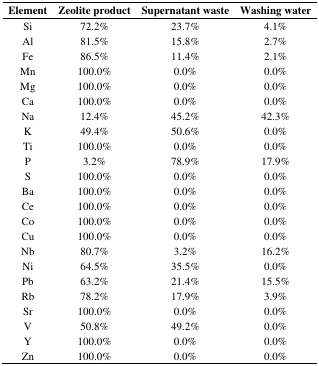
<table><thead><tr><td><b>Element</b></td><td><b>Zeolite product</b></td><td><b>Supernatant waste</b></td><td><b>Washing water</b></td></tr></thead><tbody><tr><td>Si</td><td>72.2%</td><td>23.7%</td><td>4.1%</td></tr><tr><td>Al</td><td>81.5%</td><td>15.8%</td><td>2.7%</td></tr><tr><td>Fe</td><td>86.5%</td><td>11.4%</td><td>2.1%</td></tr><tr><td>Mn</td><td>100.0%</td><td>0.0%</td><td>0.0%</td></tr><tr><td>Mg</td><td>100.0%</td><td>0.0%</td><td>0.0%</td></tr><tr><td>Ca</td><td>100.0%</td><td>0.0%</td><td>0.0%</td></tr><tr><td>Na</td><td>12.4%</td><td>45.2%</td><td>42.3%</td></tr><tr><td>K</td><td>49.4%</td><td>50.6%</td><td>0.0%</td></tr><tr><td>Ti</td><td>100.0%</td><td>0.0%</td><td>0.0%</td></tr><tr><td>P</td><td>3.2%</td><td>78.9%</td><td>17.9%</td></tr><tr><td>S</td><td>100.0%</td><td>0.0%</td><td>0.0%</td></tr><tr><td>Ba</td><td>100.0%</td><td>0.0%</td><td>0.0%</td></tr><tr><td>Ce</td><td>100.0%</td><td>0.0%</td><td>0.0%</td></tr><tr><td>Co</td><td>100.0%</td><td>0.0%</td><td>0.0%</td></tr><tr><td>Cu</td><td>100.0%</td><td>0.0%</td><td>0.0%</td></tr><tr><td>Nb</td><td>80.7%</td><td>3.2%</td><td>16.2%</td></tr><tr><td>Ni</td><td>64.5%</td><td>35.5%</td><td>0.0%</td></tr><tr><td>Pb</td><td>63.2%</td><td>21.4%</td><td>15.5%</td></tr><tr><td>Rb</td><td>78.2%</td><td>17.9%</td><td>3.9%</td></tr><tr><td>Sr</td><td>100.0%</td><td>0.0%</td><td>0.0%</td></tr><tr><td>V</td><td>50.8%</td><td>49.2%</td><td>0.0%</td></tr><tr><td>Y</td><td>100.0%</td><td>0.0%</td><td>0.0%</td></tr><tr><td>Zn</td><td>100.0%</td><td>0.0%</td><td>0.0%</td></tr></tbody></table>